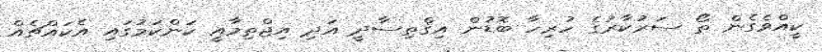
ކީއްވެގެން ތޯ ސަރުކާރުގެ ހުރިހާ ބޮޑުން އިޤްތިސާދީ އަދި އިޖްތިމާއީ ކަންކަމުގައި އެކައްޗެއް